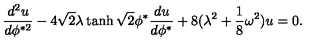
{ \frac { d ^ { 2 } u } { d \phi ^ { * 2 } } } - 4 \sqrt { 2 } \lambda \tanh \sqrt { 2 } \phi ^ { * } { \frac { d u } { d \phi ^ { * } } } + 8 ( \lambda ^ { 2 } + { \frac { 1 } { 8 } } \omega ^ { 2 } ) u = 0 .